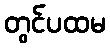
တွင်ပထမ